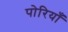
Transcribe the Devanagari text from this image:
पोरियाँ